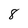
Character: 8